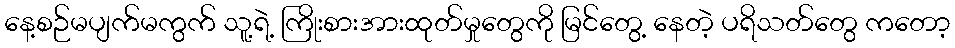
နေ့စဉ်မပျက်မကွက် သူ့ရဲ့ ကြိုးစားအားထုတ်မှုတွေကို မြင်တွေ့ နေတဲ့ ပရိသတ်တွေ ကတော့